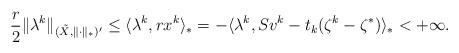
LaTeX: \begin{align*}\begin{aligned}\frac{r}{2}\|\lambda^k\|_{(\tilde{X}, \|\cdot\|_*)'} & \leq \langle\lambda^k, rx^k\rangle_*= -\langle\lambda^k, Sv^k - t_k(\zeta^k-\zeta^*)\rangle_* < + \infty.\end{aligned}\end{align*}